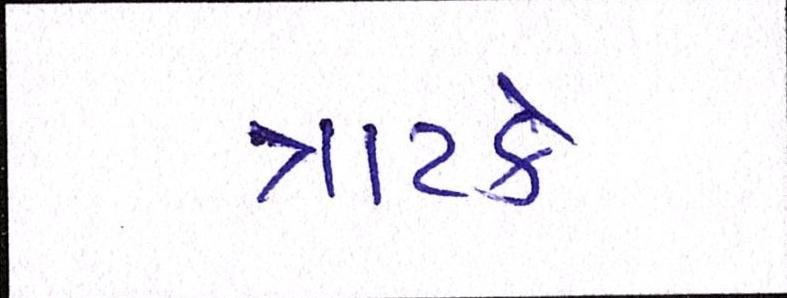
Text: ત્રાટકે